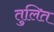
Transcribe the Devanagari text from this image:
तुलित